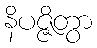
နိပဇ္ဇိတွာ